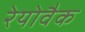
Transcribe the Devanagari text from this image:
रेयोवैक